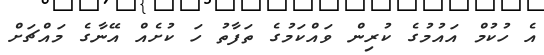
އެ ހުކުމް އައުމުގެ ކުރިން ވައްކަމުގެ ތަފާތު ހަ ކުށެއް އޭނާގެ މައްޗަށް